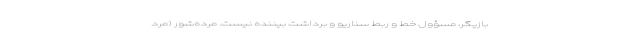
بازیگر، مسؤول خط و ربط سناریو و برداشت بیننده نیست. مرده‌شور (مرد